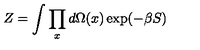
Z = \int \prod _ { x } d \Omega ( x ) \exp ( - \beta S )